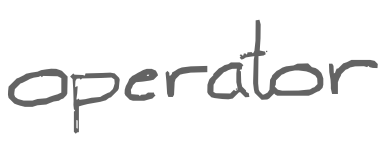
Text: operator
Cross-out: clean
Writing tool: digital_gray